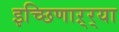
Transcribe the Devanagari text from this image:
इच्छिणाऱ्र्‍या